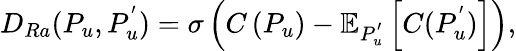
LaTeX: D_{Ra}(P_{u},P_{u}^{'})=\sigma\left(C\left(P_{u}\right)-\mathbb{E}_{P_{u}^{'}}\left[C(P_{u}^{'})\right]\right),